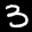
Label: 3